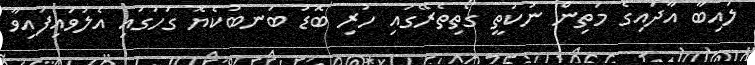
ލައިބާ އާދައިގެ މަތިން ނުކުތީ ގޯތިތެރޭގައި ހުރި ބޮޑު ބަނބުކެޔޮ ގަހުގައި އެލުވައިފައިވާ